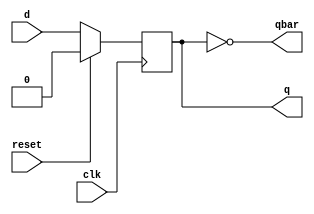
`timescale 1ns / 1ps
//////////////////////////////////////////////////////////////////////////////////
// Company: 
// Engineer: 
// 
// Design Name: 
// Module Name: DFF
// Project Name: 
// Target Devices: 
// Tool Versions: 
// Description: 
// 
// Dependencies: 
// 
// Revision:
// Revision 0.01 - File Created
// Additional Comments:
// 
//////////////////////////////////////////////////////////////////////////////////


module DFF(d,clk,reset,q,qbar);
input d;
input clk;
input reset;
output reg q;
output  qbar;
always@(posedge clk)
begin
if(reset)
begin
q<=0;
end
else
q<=d;
end
assign qbar=~q;
endmodule